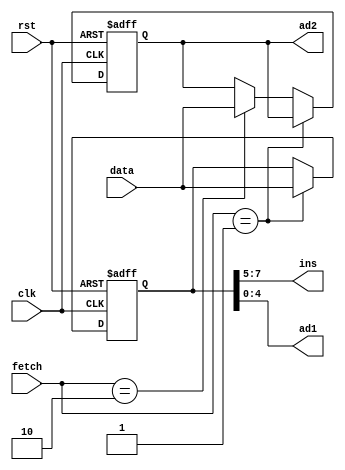
module ins_reg(data, fetch, clk, rst, ins, ad1, ad2);
input clk, rst;
input [1:0] fetch;
input [7:0] data;
output [2:0] ins;
output [4:0] ad1;
output [7:0] ad2;
reg [7:0] ins_p1, ins_p2;
reg [2:0] state;
  assign ins = ins_p1[7:5]; //3
  assign ad1 = ins_p1[4:0]; //5
assign ad2 = ins_p2;
always @(posedge clk or negedge rst) begin
if(!rst) begin
ins_p1 <= 8'd0;
ins_p2 <= 8'd0;
end
else begin
  if(fetch==2'b01) begin //01insad1
ins_p1 <= data;
ins_p2 <= ins_p2;
end
  else if(fetch==2'b10) begin //10ad2
ins_p1 <= ins_p1;
ins_p2 <= data;
end
else begin
ins_p1 <= ins_p1;
ins_p2 <= ins_p2;
end
end
end
endmodule